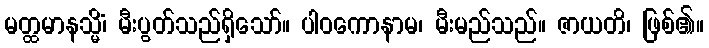
မတ္ထမာနသ္မိံ၊ မီးပွတ်သည်ရှိသော်။ ပါဝကောနာမ၊ မီးမည်သည်။ ဇာယတိ၊ ဖြစ်၏။